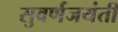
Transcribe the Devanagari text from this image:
सुवर्णजयंती